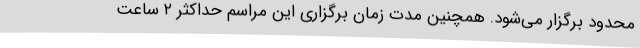
محدود برگزار می‌شود. همچنین مدت زمان برگزاری این مراسم حداکثر ۲ ساعت